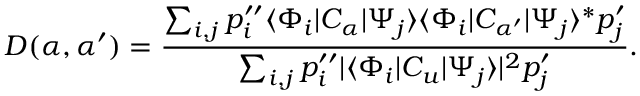
D ( \alpha , { \alpha ^ { \prime } } ) = { \frac { \sum _ { i , j } p _ { i } ^ { \prime \prime } \langle \Phi _ { i } | C _ { \alpha } | \Psi _ { j } \rangle \langle \Phi _ { i } | C _ { \alpha ^ { \prime } } | \Psi _ { j } \rangle ^ { * } p _ { j } ^ { \prime } } { \sum _ { i , j } p _ { i } ^ { \prime \prime } | \langle \Phi _ { i } | C _ { u } | \Psi _ { j } \rangle | ^ { 2 } p _ { j } ^ { \prime } } } .